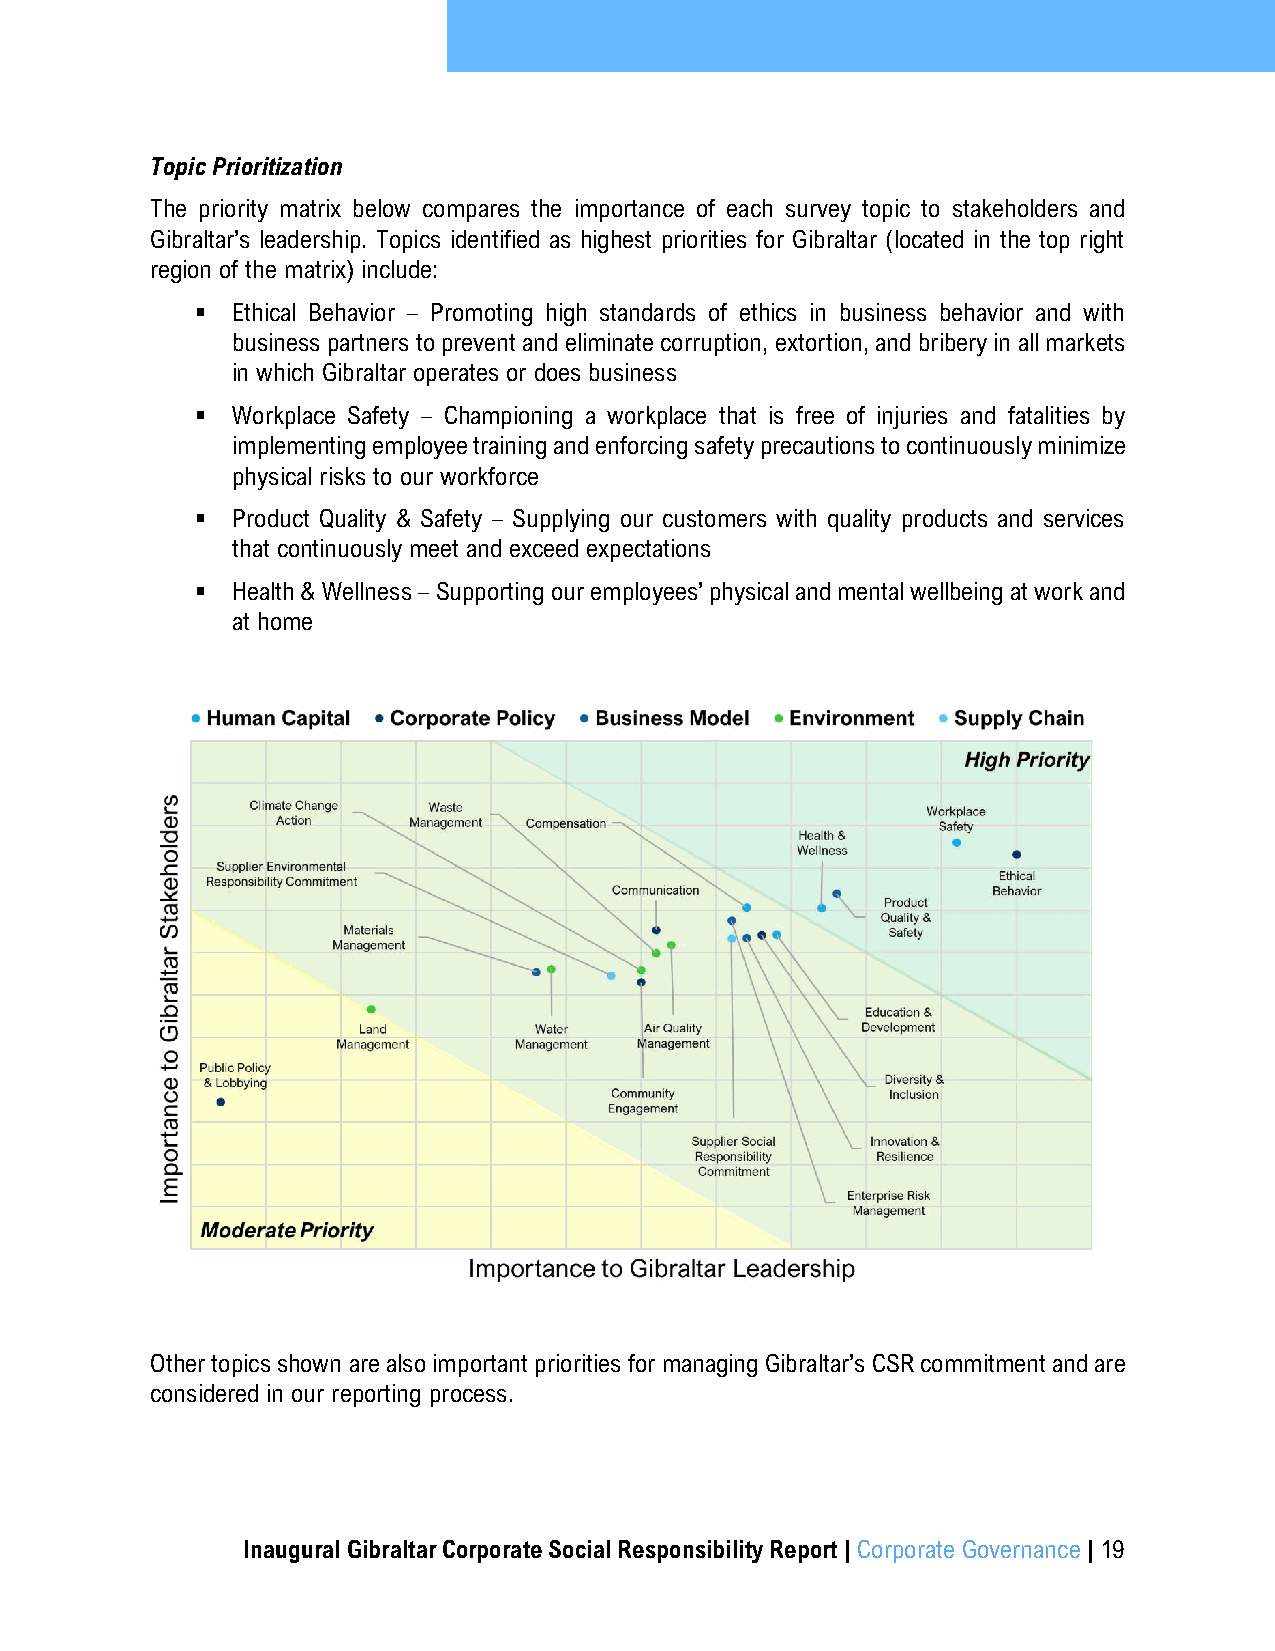
Topic Prioritization
 The priority matrix below compares the importance of each survey topic to stakeholders and
 Gibraltar’s leadership. Topics identified as highest priorities for Gibraltar (located in the top right
 region of the matrix) include:
 ▪ Ethical Behavior – Promoting high standards of ethics in business behavior and with
 business partners to prevent and eliminate corruption, extortion, and bribery in all markets
 in which Gibraltar operates or does business
 ▪ Workplace Safety – Championing a workplace that is free of injuries and fatalities by
 implementing employee training and enforcing safety precautions to continuously minimize
 physical risks to our workforce
 ▪ Product Quality & Safety – Supplying our customers with quality products and services
 that continuously meet and exceed expectations
 ▪ Health & Wellness – Supporting our employees’ physical and mental wellbeing at work and
 at home
 Other topics shown are also important priorities for managing Gibraltar’s CSR commitment and are
 considered in our reporting process.
 Inaugural Gibraltar Corporate Social Responsibility Report | Corporate Governance | 19